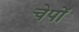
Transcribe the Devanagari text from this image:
चेपों